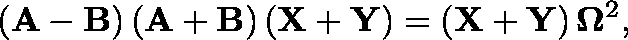
\left( \mathbf { A } - \mathbf { B } \right) \left( \mathbf { A } + \mathbf { B } \right) \left( \mathbf { X } + \mathbf { Y } \right) = \left( \mathbf { X } + \mathbf { Y } \right) \mathbf { \Omega } ^ { 2 } ,